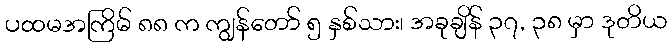
ပထမအကြိမ် ၈၈ က ကျွန်တော် ၅ နှစ်သား၊ အခုချိန် ၃၇, ၃၈ မှာ ဒုတိယ